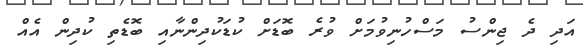
އަދި ދެ ޖިންސު މަސްހުނިވުމަށް ވުރެ ބޮޑަށް ކުޑަކުދިންނާއި ބޮޑެތި ކުދިން އެއް